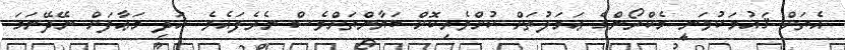
އެތަށް ޤައުމަކުވަނީ މެކްރޯންގެ ޢަމަލުތަށް ކުށްވެރިކޮށް ބަޔާންތަށްވެސް ނެރެފައެވެ. އަދި މަޢާފަށް ނޭދޭނަމަ